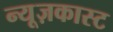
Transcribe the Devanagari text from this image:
न्यूज़कास्ट